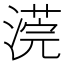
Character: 𣻻